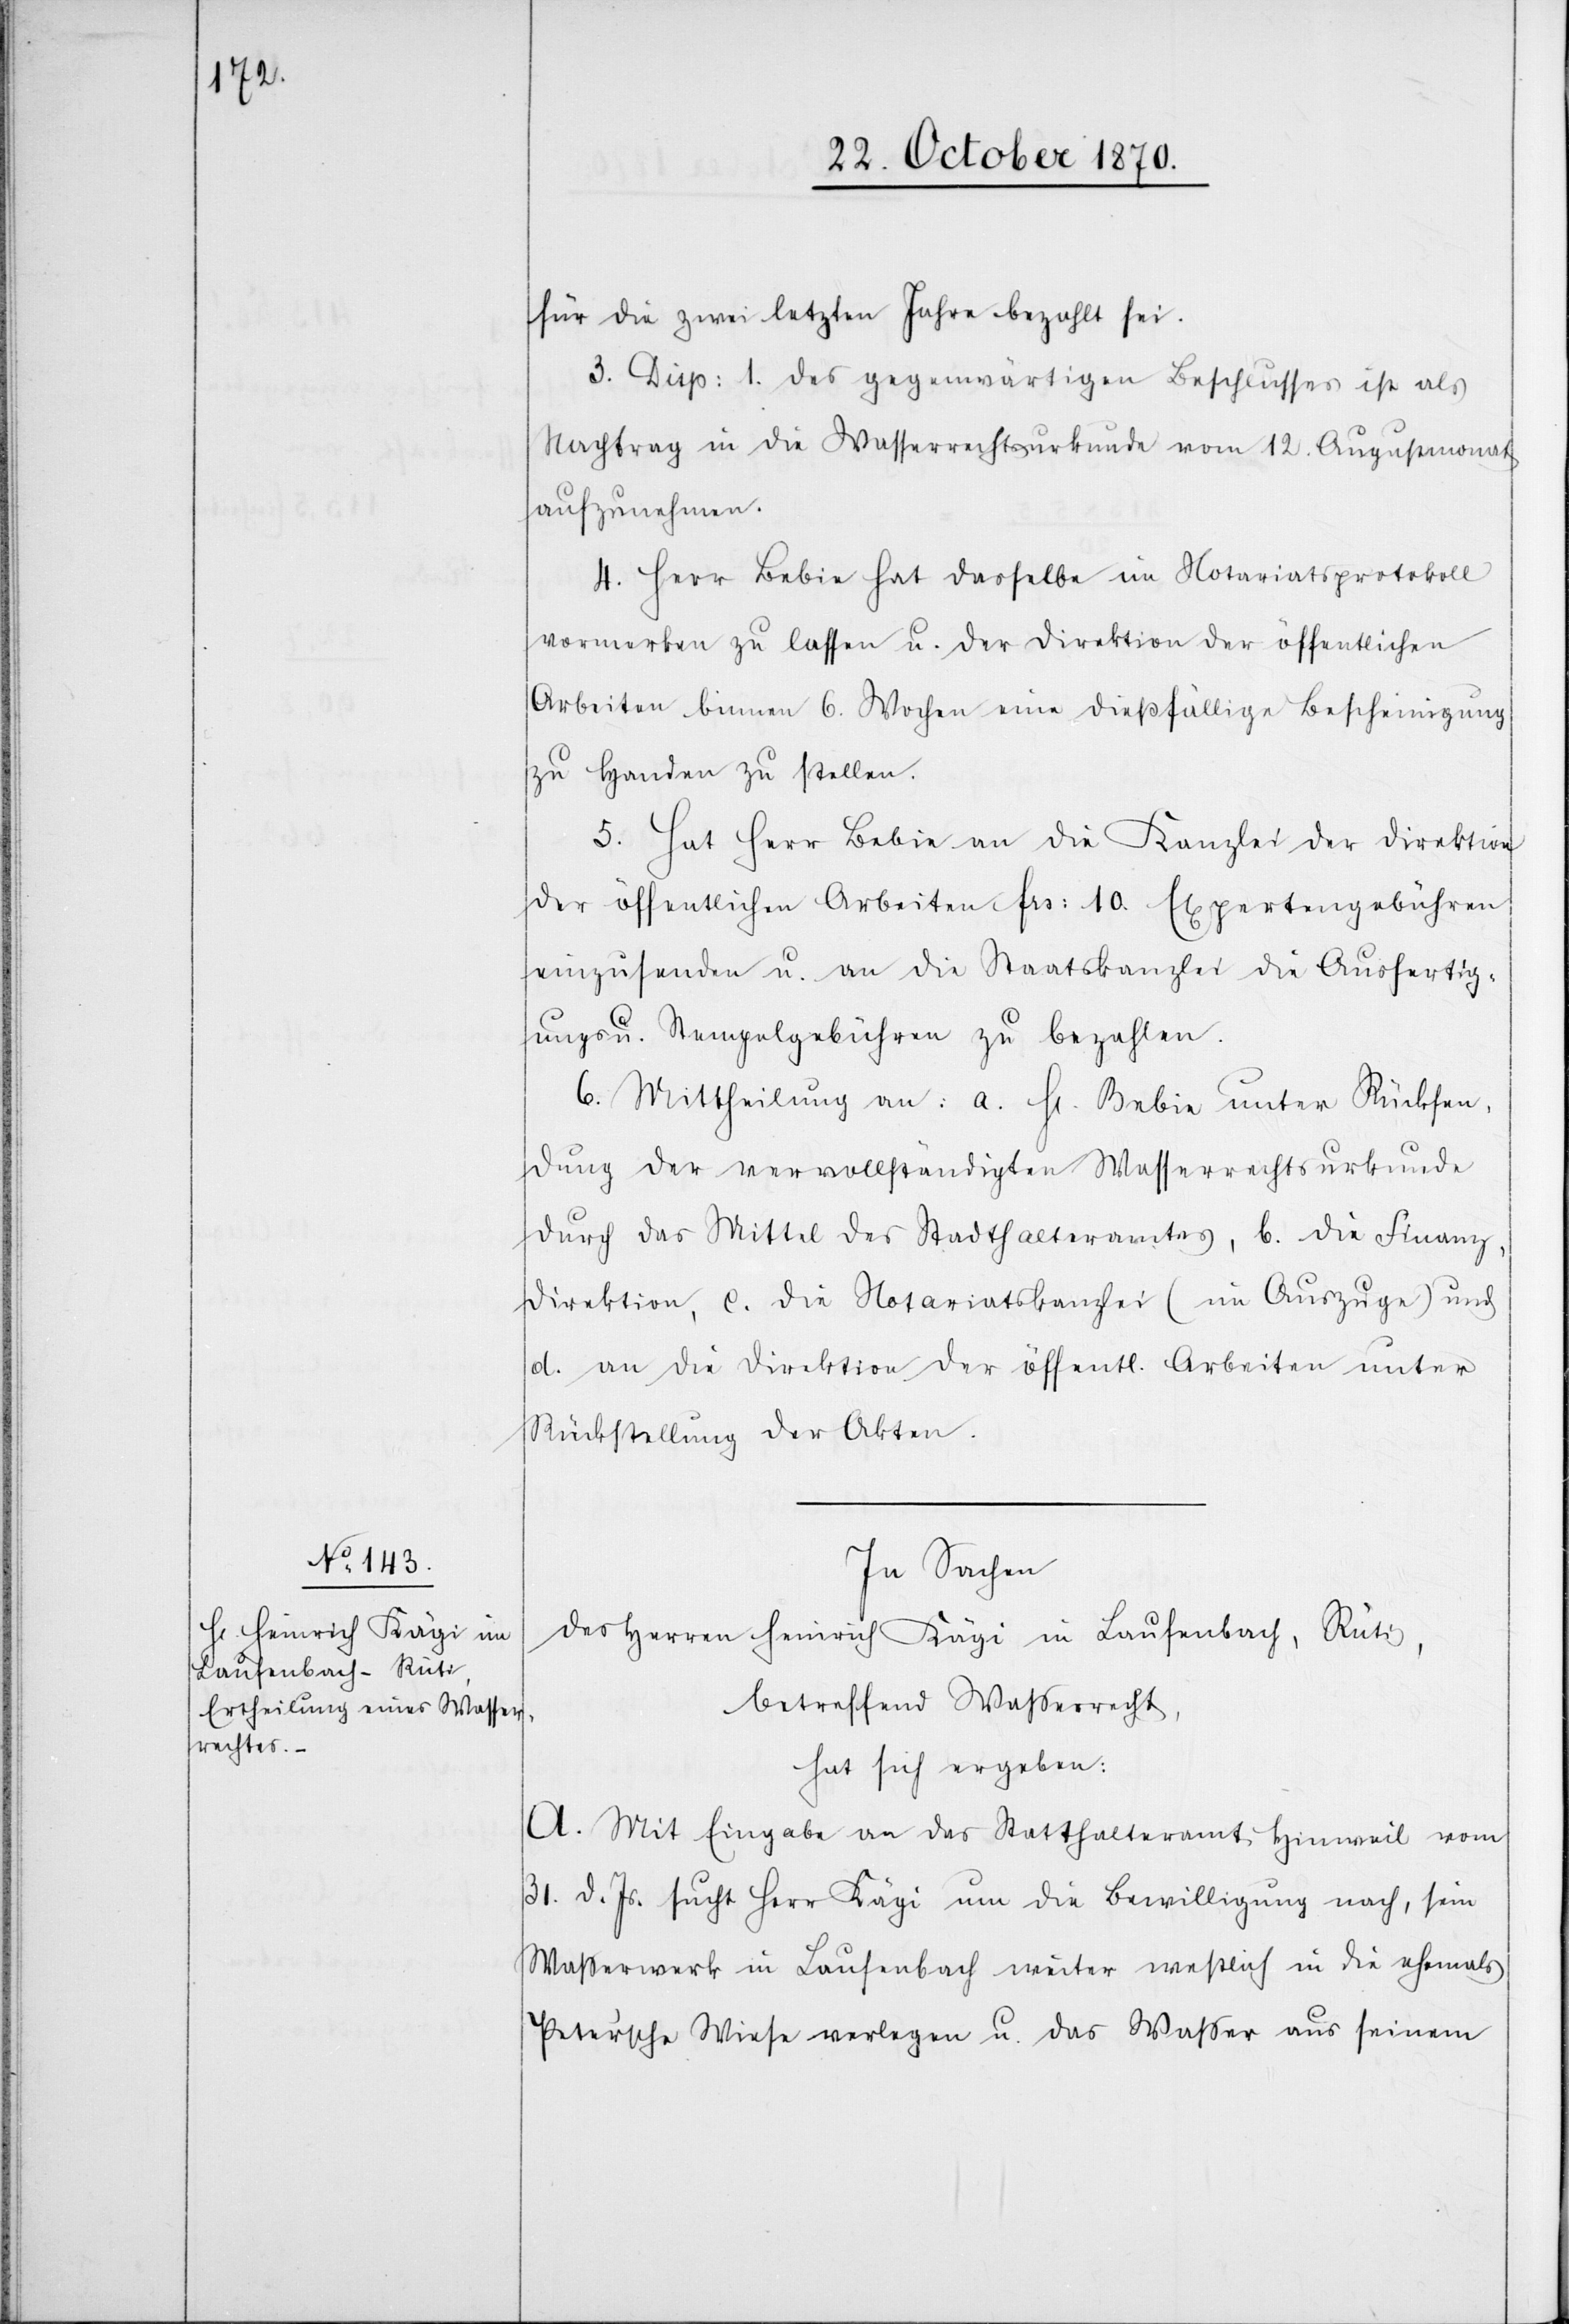
für die zwei letzten Jahre bezahlt sei.
3. Disp: 1. des gegenwärtigen Beschlusses ist als
Nachtrag in die Waßerrechtsurkunde vom 12. Augustmonat
aufzunehmen.
4. Herr Bebie hat dasselbe im Notariatsprotokoll
vormerken zu lassen u. der Direktion der öffentlichen
Arbeiten binnen 6. Wochen eine dießfällige Bescheinigung
zu Handen zu stellen.
5. Hat Herr Bebie an die Kanzlei der Direktion
der öffentlichen Arbeiten Frs: 10. Expertengebühren
einzusenden u. an die Staatskanzlei die Ausfertig¬
ungs u. Stempelgebühren zu bezahlen.
6. Mittheilung an: a. H[errn] Bebie unter Rücksen¬
dung der vervollständigten Wasserrechtsurkunde
durch das Mittel des Stadthalteramtes, b. die Finanz¬
direktion, c. die Notariatskanzlei (im Auszuge) und
d. an die Direktion der öffentl. Arbeiten unter
Rückstellung der Akten.
In Sachen
des Herren Heinrich Kägi in Laufenbach, Rüti,
betreffend Wasserrecht,
hat sich ergeben:
A. Mit Eingabe an das Statthalteramt Hinweil vom
31. d. Js. sucht Herr Kägi um die Bewilligung nach, sein
Waßerwerk in Laufenbach weiter westlich in die ehemals
Peter’sche Wiese verlegen u. das Waßer aus seinem